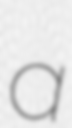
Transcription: a